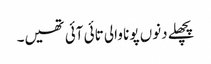
پچھلے دنوں پونا والی تائی آئی تھیں۔